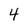
Character: 4